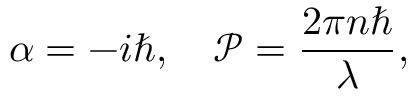
\alpha = - i \hbar , \quad \mathscr { P } = \frac { 2 \pi n \hbar } { \lambda } ,